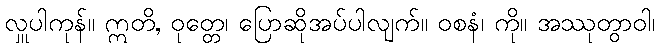
လှူပါကုန်။ ဣတိ, ဝုတ္တေ၊ ပြောဆိုအပ်ပါလျက်။ ဝစနံ၊ ကို။ အဿုတွာဝါ၊